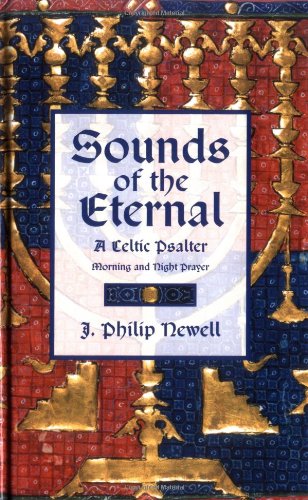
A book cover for Sounds of the Eternal:  A Celtic Psalter; J. Philip Newell; Religion & Spirituality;